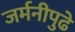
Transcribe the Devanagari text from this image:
जर्मनीपुढे